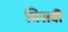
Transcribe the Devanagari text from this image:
विसवीं